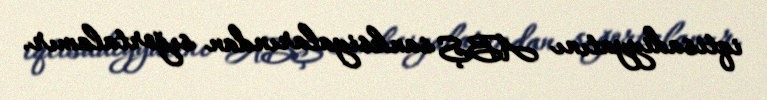
iqtisadiyyatını ABŞ sanksiyalarından sığortalamır.